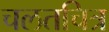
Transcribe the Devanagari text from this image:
चलतचित्र